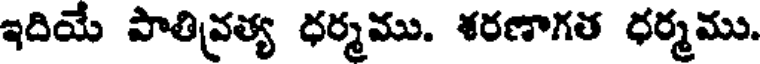
ఇదియే పాతివ్రత్య ధర్మము. శరణాగత ధర్మము.